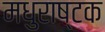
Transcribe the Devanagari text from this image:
मधुराष्टक